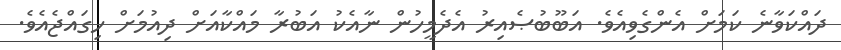
ދައްކަވާނެ ކަމަށް އެންގެވިއެވެ. އަބޫބުޞެއިރު އެދެމީހުން ނާއެކު އަބުރާ މައްކާއަށް ދިއުމަށް ހިގައްޖެއެވެ.